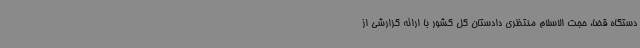
دستگاه قضا، حجت الاسلام منتظری دادستان کل کشور با ارائه گزارشی از